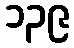
၁၃၉